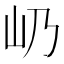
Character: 屷